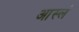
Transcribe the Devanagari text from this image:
आस्लं